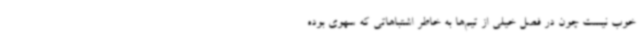
خوب نیست چون در فصل خیلی از تیم‌ها به خاطر اشتباهاتی که سهوی بوده